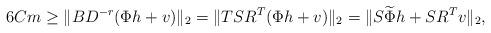
LaTeX: \begin{align*}6C m& \geq \|BD^{-r}(\Phi h+v)\|_2 = \|TSR^T (\Phi h+v) \|_2 = \|S\widetilde{\Phi} h+SR^Tv\|_2, \end{align*}